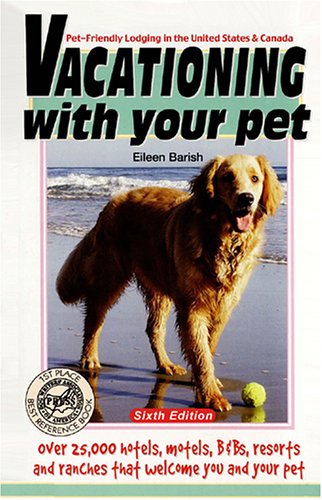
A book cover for Vacationing with Your Pet: Eileen's Directory of Pet-Friendly Lodging in the United States & Canada; Eileen Barish; Crafts, Hobbies & Home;